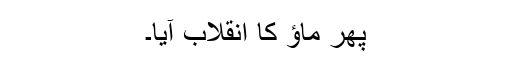
پھر ماﺅ کا انقلاب آیا۔